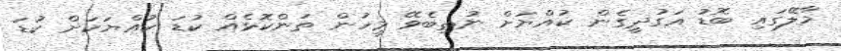
މާލޭގައި ބޮޑު އަގުދީގެން ކުއްޔަށް ނުތިބެވޭ މީހުން ތަންކޮޅެއް ކުޑަ ކުއްޔަކަށް ކުޑަ